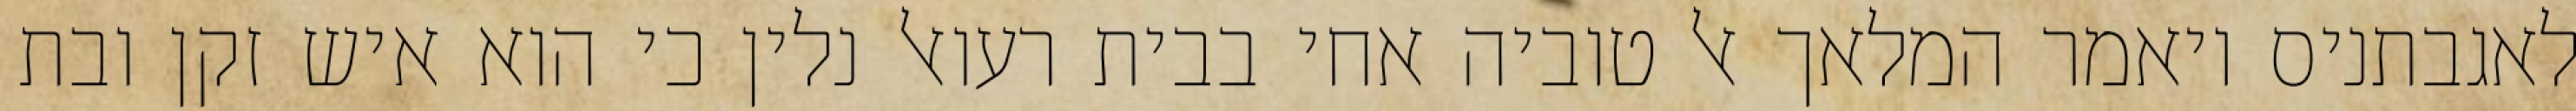
לאגבתניס ויאמר המלאך אל טוביה אחי בבית רעואל נלין כי הוא איש זקן ובת